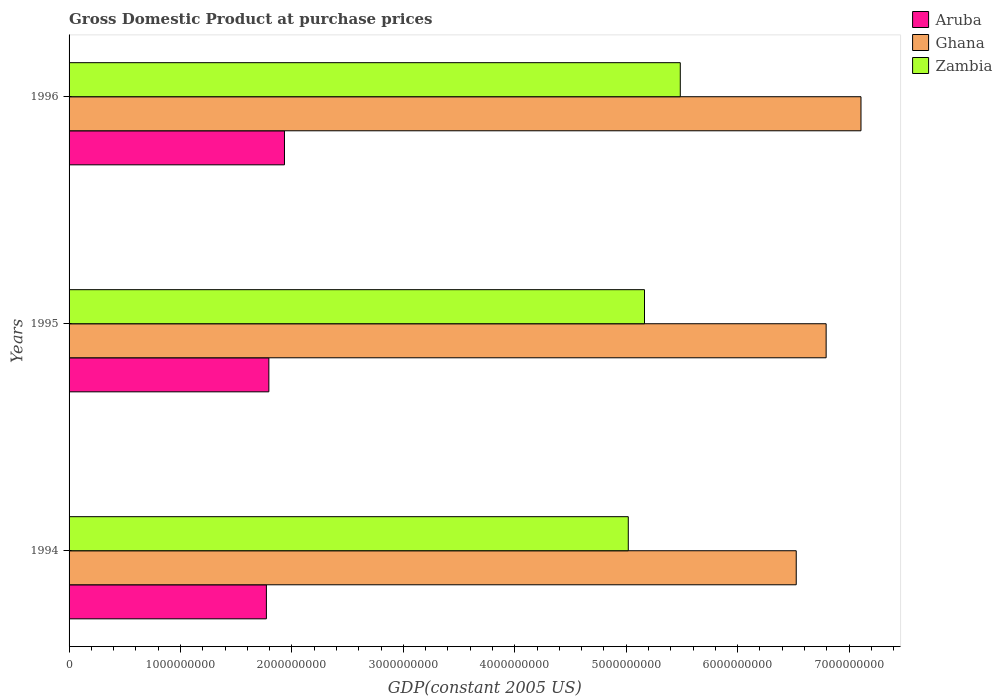
| Years | Aruba | Ghana | Zambia |
 | --- | --- | --- | --- |
 | 1994 | 1.77e+09 | 6.53e+09 | 5.02e+09 |
 | 1995 | 1.79e+09 | 6.79e+09 | 5.16e+09 |
 | 1996 | 1.93e+09 | 7.11e+09 | 5.48e+09 |